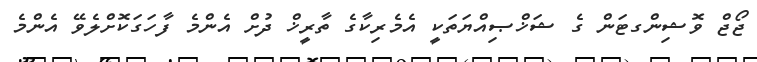
ޖޯޖް ވޮޝިންގޓަން ގެ ޝަޚްޞިއްޔަތަކީ އެމެރިކާގެ ތާރީޚް ދުށް އެންމެ ފާހަގަކޮށްލެވޭ އެންމެ